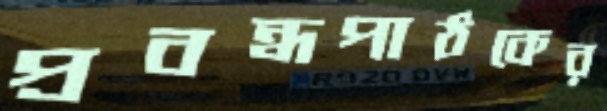
প্রবন্ধপাঠকের